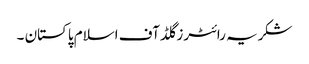
شکریہ رائٹرز گلڈ آف اسلام پاکستان ۔